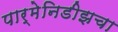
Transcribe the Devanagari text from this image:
पार्मेनिडीझचा